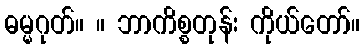
ဓမ္မဂုတ်။ ။ ဘာကိစ္စတုန်း ကိုယ်တော်။